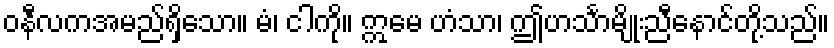
ဝနီလကအမည်ရှိသော။ မံ၊ ငါကို။ ဣမေ ဟံသာ၊ ဤဟင်္သာမျိုးညီနောင်တို့သည်။